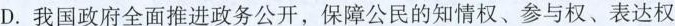
D.我国政府全面推进政务公开，保障公民的知情权、参与权、表达权